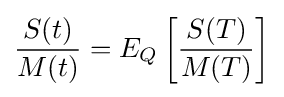
{\frac {S(t)}{M(t)}}=E_{Q}\left[{\frac {S(T)}{M(T)}}\right]